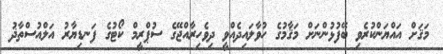
މަޤަށް އައްޔަންކުރެވި ބޭފުޅުންނަށް މަޤާމުގެ ހުވާލައިދެއްވީ ދިވެހިރާއްޖޭގެ ސުޕްރީމް ކޯޓުގެ ފަނޑިޔާރު އަލްއުސްތާޛު